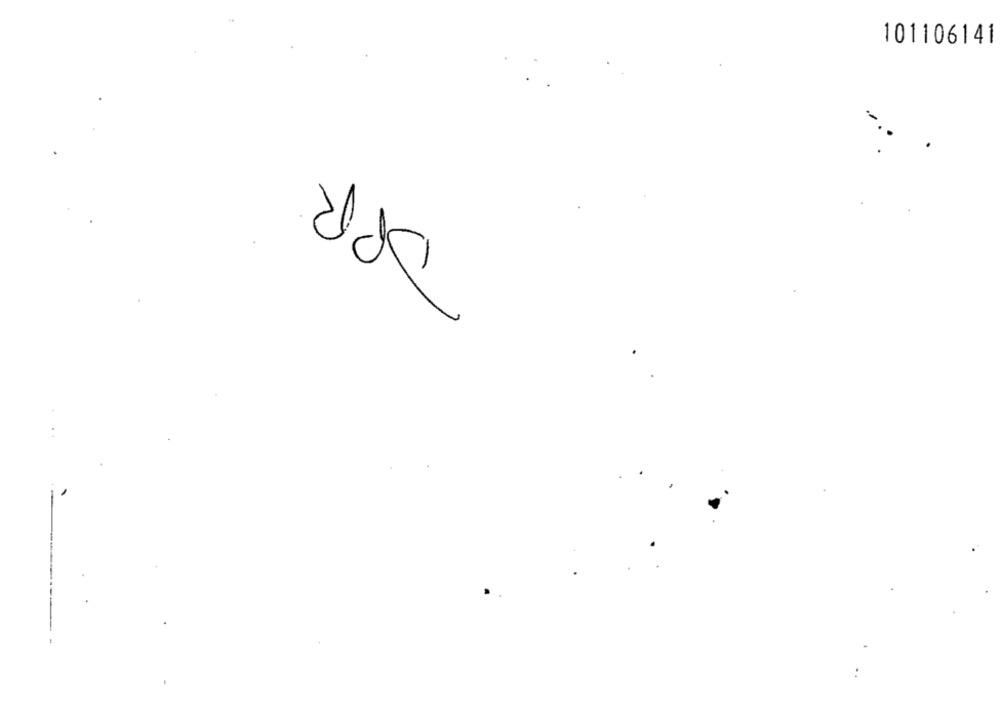
101106141
DPR